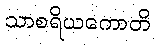
သာစရိယကောတိ